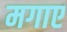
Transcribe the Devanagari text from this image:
मगाए